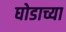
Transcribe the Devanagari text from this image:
घोडाच्या